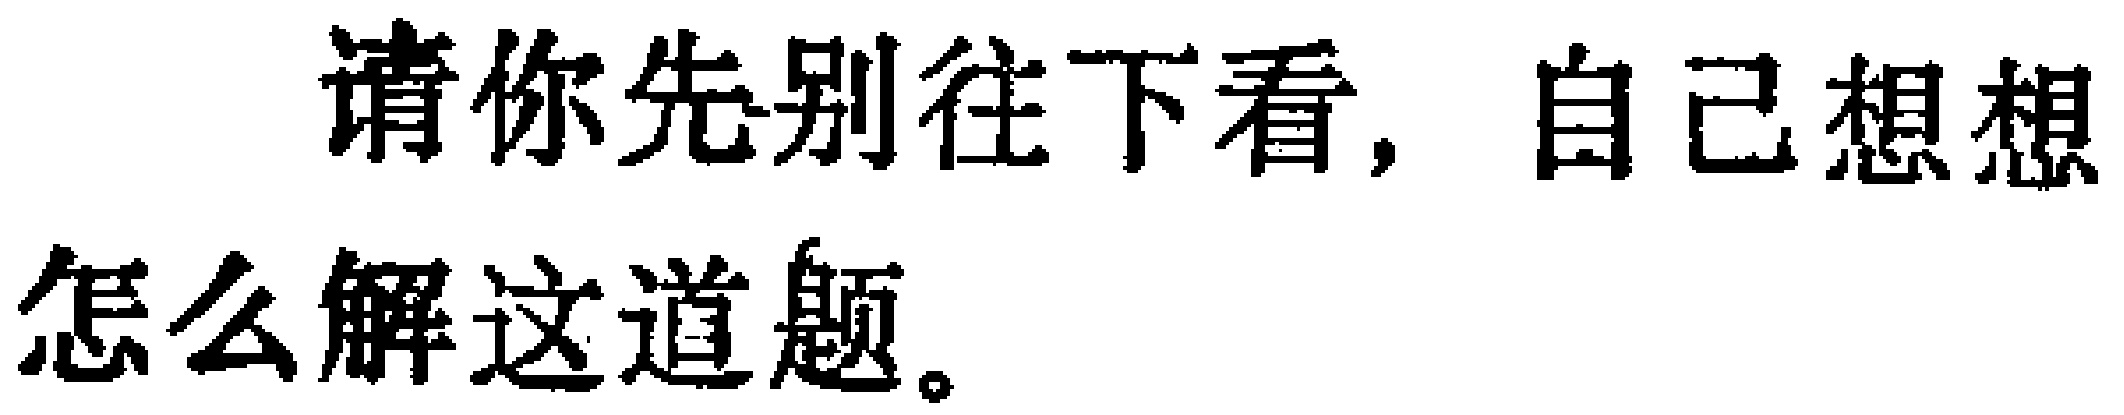
请你先别往下看，自己想想怎么解这道题。